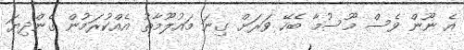
އެ ނޫން ވެސް މޫސުމާ ބެހޭ ވަރަށް ގިނަ މައުލޫމާތު އެއްކުރަމުން ގެންދިޔަ